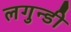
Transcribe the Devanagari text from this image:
लगुन्डी